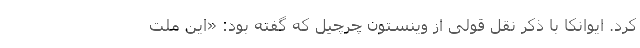
کرد. ایوانکا با ذکر نقل قولی از وینستون چرچیل که گفته بود: «این ملت